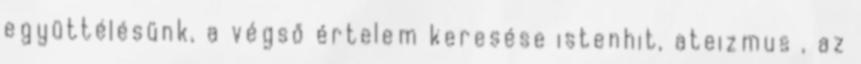
együttélésünk, a végső értelem keresése istenhit, ateizmus , az